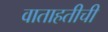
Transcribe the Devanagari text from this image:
वाताहतीची